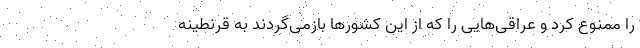
را ممنوع کرد و عراقی‌هایی را که از این کشورها بازمی‌گردند به قرنطینه